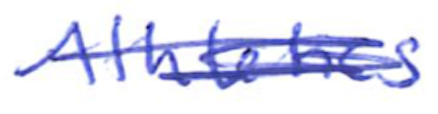
Text: Athletics
Cross-out: scratch
Writing tool: ballpoint